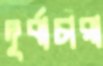
দূর্বাচারা